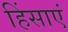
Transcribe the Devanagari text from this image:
हिंसाएं